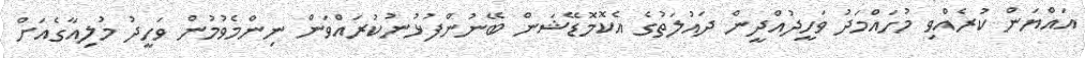
އައްޔަން ކުރެއްވި މުހައްމަދު ވަހީދުއްދީން ދައުލަތުގެ އެކޮމޮޑޭޝަން ބޭނުންފުޅުނުކުރައްވަން ނިންމެވުމުން ވަހީދު މުލިއާގެއަށް